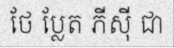
ថែ ប្លែត ភីស៊ី ជា